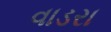
વાડરા